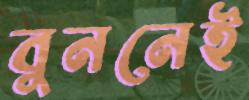
বুননেই